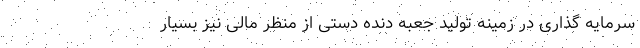
سرمایه گذاری در زمینه تولید جعبه دنده دستی از منظر مالی نیز بسیار